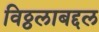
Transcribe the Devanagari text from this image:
विठ्ठलाबद्दल